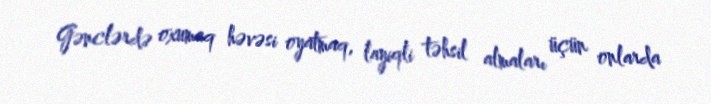
Gənclərdə oxumaq həvəsi oyatmaq, layiqli təhsil almaları üçün onlarda